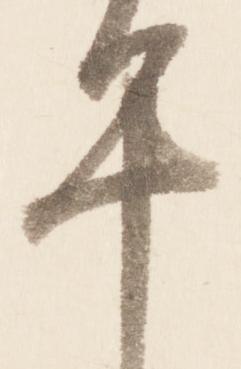
平